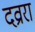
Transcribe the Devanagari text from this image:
दव्रारा